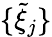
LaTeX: \{ \tilde{\mathcal{\xi}}_{j}\}